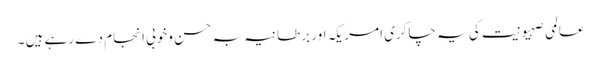
عالمی صہیونیت کی یہ چاکری امریکہ اور برطانیہ بہ حسن وخوبی انجام دے رہے ہیں ۔